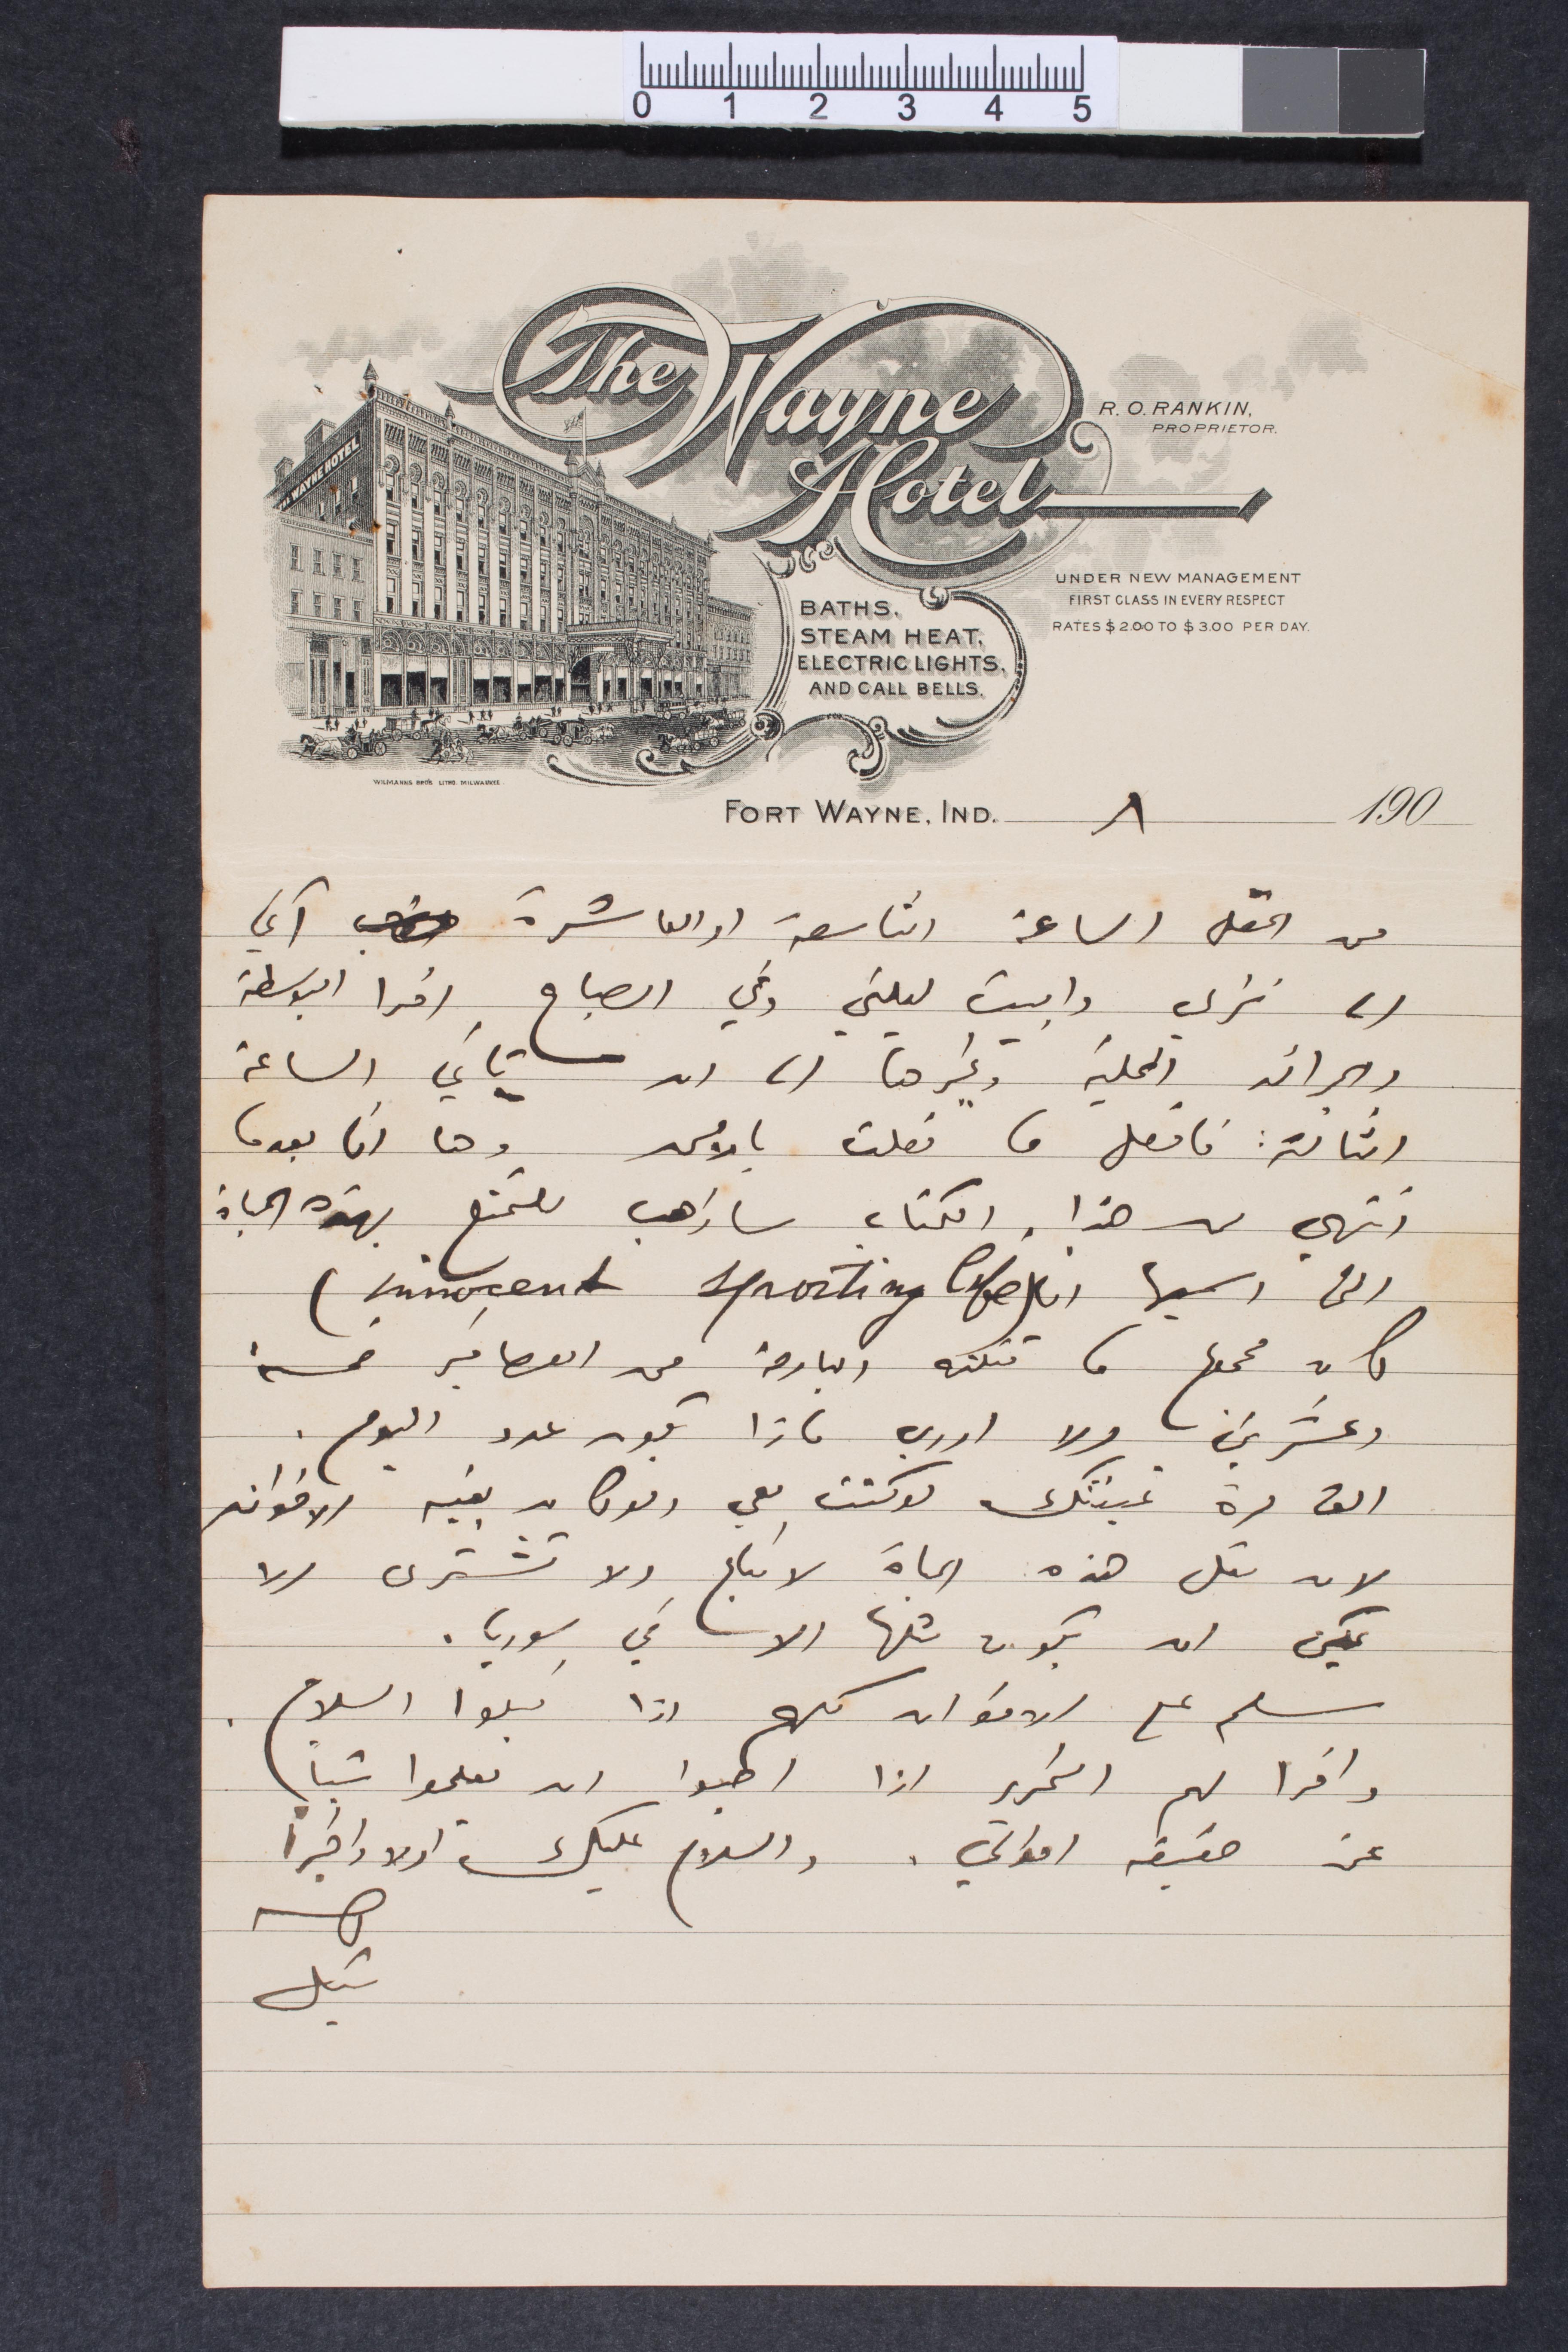
من الحقل الساعة التاسعة او العاشرة آتي
الى نزلي وابيت ليلتي وفي الصباح اقرأ البوسطة
والجرائد المحلية وغيرها الى ان تأتي الساعة
الثالثة فافعل ما فعلت بالأمس وها انا بعدما
انتهيت من هذا الكتاب ساذهب للتمتع بهذه الحياة
التي رسمتها
فان مجمل ما قتلته البارحة من العصافير خمسة
وعشرين ولا ادري ماذا يكون عدد اليوم.
الف مرة تمنيتك لو كنت معي ولو كان بقية الاخوان
لان مثل هذه الحياة لا تباع ولا تشترى الا
يمكن ان يكون مثلها الانسان في سوريا.
سلم على الاخوان كلهم اذا قبلوا السلام
واقرأ لهم التحرير اذا ان يعلموا شيئًا
عن حقيقة احوالي. والسلام عليك اولًا واخيرًا
None
None